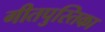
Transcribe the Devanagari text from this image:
गीतपुस्तिका